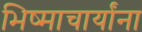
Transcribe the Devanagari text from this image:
भिष्माचार्यांना